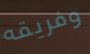
وفريقه